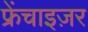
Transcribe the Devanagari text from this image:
फ्रेंचाइज़र